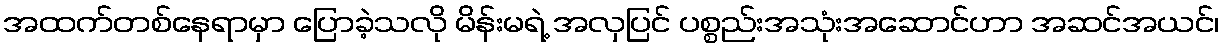
အထက်တစ်နေရာမှာ ပြောခဲ့သလို မိန်းမရဲ့ အလှပြင် ပစ္စည်းအသုံးအဆောင်ဟာ အဆင်အယင်၊